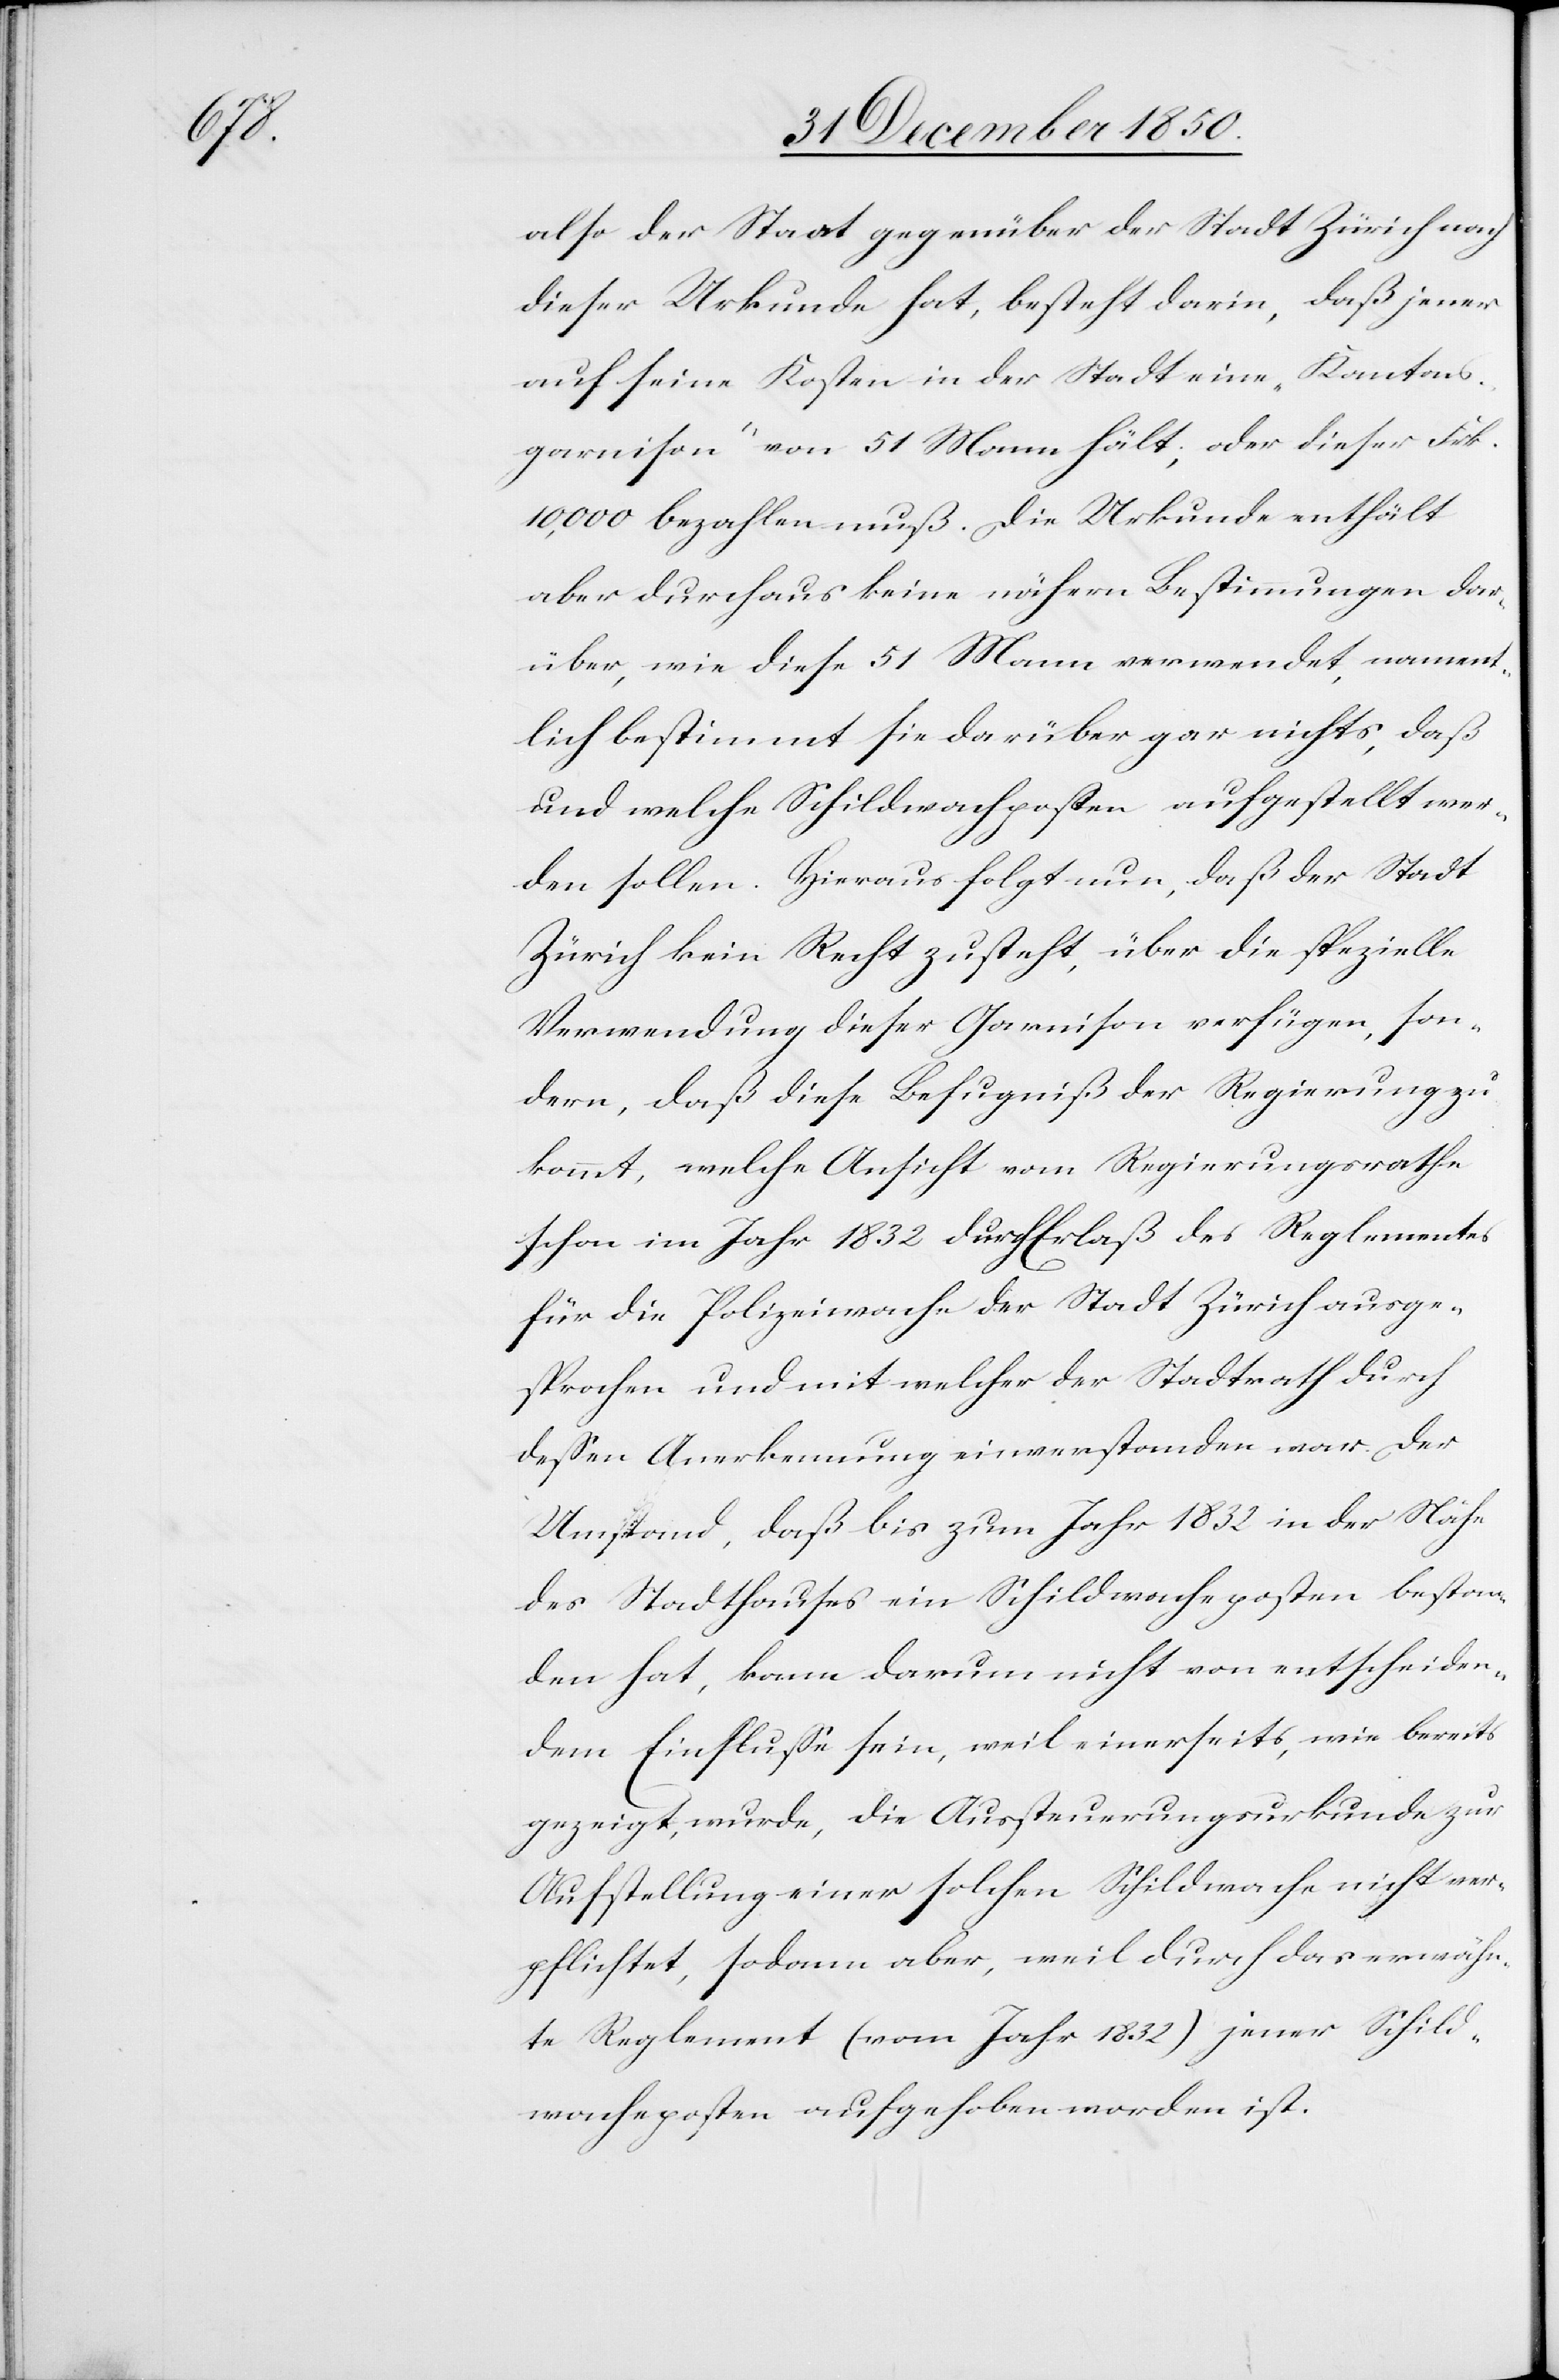
also der Staat gegenüber der Stadt Zürich nach
dieser Urkunde hat, besteht darin, daß jener
auf seine Kosten in der Stadt eine „Kantons¬
garnison“ von 51 Mann hält, oder dieser Frk.
10,000 bezahlen muß. Die Urkunde enthält
aber durchaus keine nähern Bestimmungen dar¬
über, wie diese 51 Mann verwendet, nament¬
lich bestimmt sie darüber gar nichts, daß
und welche Schildwachposten aufgestellt wer¬
den sollen. Hieraus folgt nun, daß der Stadt
Zürich kein Recht zusteht, über die spezielle
Verwendung dieser Garnison [zu] verfügen, son¬
dern, daß diese Befugniß der Regierung zu¬
kommt, welche Ansicht vom Regierungsrathe
schon im Jahr 1832 durch Erlaß des Reglementes
für die Polizeiwache der Stadt Zürich ausge¬
sprochen und mit welcher der Stadtrath durch
dessen Anerkennung einverstanden war. Der
Umstand, daß bis zum Jahr 1832 in der Nähe
des Stadthauses ein Schildwacheposten bestan¬
den hat, kann darum nicht von entscheiden¬
dem Einflusse sein, weil einerseits, wie bereits
gezeigt, wurde, die Aussteuerungsurkunde zur
Aufstellung einer solchen Schildwache nicht ver¬
pflichtet, sodann aber, weil durch das erwähn¬
te Reglement (vom Jahr 1832) jener Schild¬
wacheposten aufgehoben worden ist.